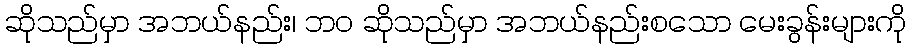
ဆိုသည်မှာ အဘယ်နည်း၊ ဘဝ ဆိုသည်မှာ အဘယ်နည်းစသော မေးခွန်းများကို